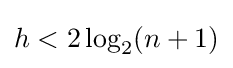
h<2\log _{2}(n+1)